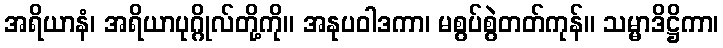
အရိယာနံ၊ အရိယာပုဂ္ဂိုလ်တို့ကို။ အနုပဝါဒကာ၊ မစွပ်စွဲတတ်ကုန်။ သမ္မာဒိဋ္ဌိကာ၊